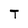
Character: T